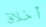
أخلاق